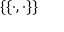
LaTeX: \{ \{ \cdot , \cdot \} \}